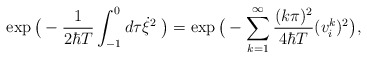
\begin{align*}\exp \big(-\frac{1}{2 \hbar T} \int_{-1}^{0} d \tau \dot{\xi}^2 \; \big)=\exp \big(-\sum_{k=1}^{\infty} \frac{(k \pi)^2}{4 \hbar T} (v^k_i)^2 \big),\end{align*}